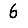
Digit: 6